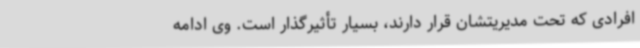
افرادی که تحت مدیریتشان قرار دارند، بسیار تأثیرگذار است. وی ادامه